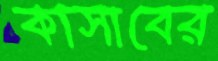
কাসাবের